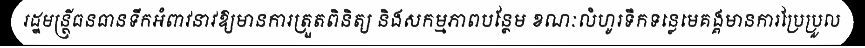
រដ្ឋមន្ត្រីធនធានទឹកអំពាវនាវឱ្យមានការត្រួតពិនិត្យ និងសកម្មភាពបន្ថែម ខណៈលំហូរទឹកទន្លេមេគង្គមានការប្រែប្រួល